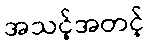
အသင့်အတင့်